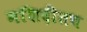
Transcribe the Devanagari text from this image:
मशिदींतच